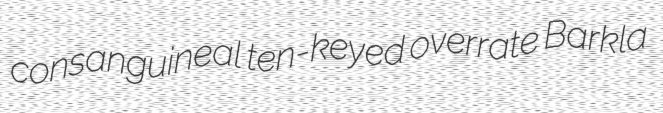
consanguineal ten-keyed overrate Barkla